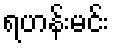
ရဟန်းမင်း